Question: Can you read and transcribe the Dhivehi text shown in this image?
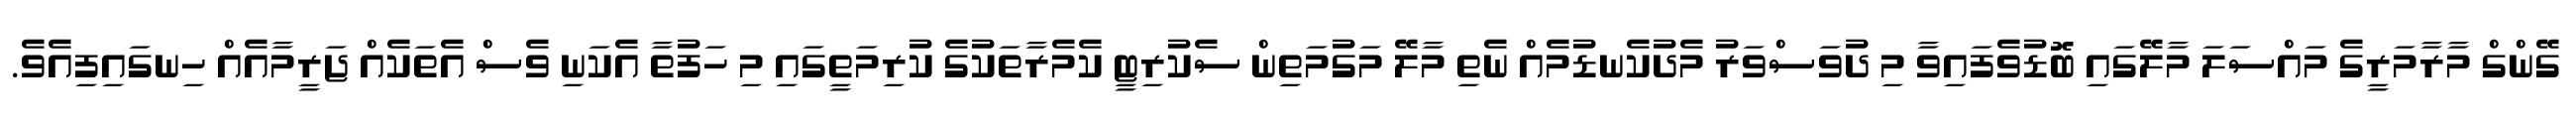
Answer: ގޭންގް މާރާމަރީގެ މައްސަލަ މާލޭގައި ބޮޑުވެފައިވާ މި ދުވަސްވަރު މެދުކެނޑުމެއް ނެތި މާލޭ މަގުމަތިން ސެކުރިޓީ ކެމެރާތަކުގެ ކުރިމަތީގައި މި ހަފުތާ އެކަނި ވެސް އެތަކެއް ޖަރީމާއެއް ހިނގައިފިއެވެ.